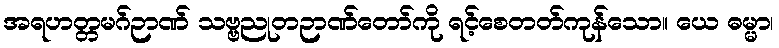
အရဟတ္တမဂ်ဉာဏ် သဗ္ဗညုတဉာဏ်တော်ကို ရင့်စေတတ်ကုန်သော။ ယေ ဓမ္မာ၊